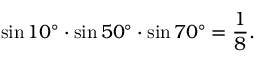
\sin 1 0 ^ { \circ } \cdot \sin 5 0 ^ { \circ } \cdot \sin 7 0 ^ { \circ } = { \frac { 1 } { 8 } } .